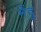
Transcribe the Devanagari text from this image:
मेंदु